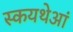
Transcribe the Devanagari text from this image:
स्कयथेआं